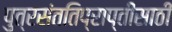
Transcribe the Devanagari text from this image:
पुत्रसंततिप्राप्तीसाठी